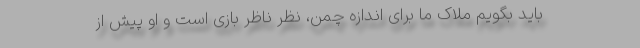
باید بگویم ملاک ما برای اندازه چمن، نظر ناظر بازی است و او پیش از